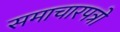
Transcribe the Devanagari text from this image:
समाचारपत्रो